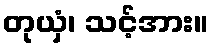
တုယှံ၊ သင့်အား။